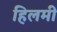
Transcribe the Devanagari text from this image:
हिलमी